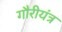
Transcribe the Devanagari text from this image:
गौरीयंत्र